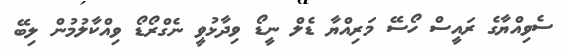
ސެވިއްޔާގެ ރައީސް ހޯސޭ މަރިއްޔާ ޑެލް ނީޑޯ ވިދާޅުވީ ނެގްރޯޑޯ ވިއްކާލުމުން ލިބޭ